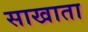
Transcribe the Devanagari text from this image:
साखाता